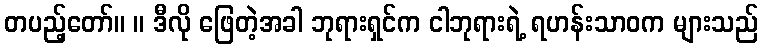
တပည့်တော်။ ။ ဒီလို ဖြေတဲ့အခါ ဘုရားရှင်က ငါဘုရားရဲ့ ရဟန်းသာဝက များသည်